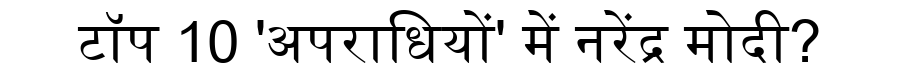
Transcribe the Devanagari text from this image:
टॉप 10 'अपराधियों' में नरेंद्र मोदी?